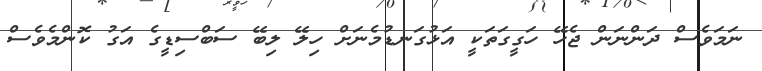
ނަމަވެސް ދަންނަން ޖެހޭ ހަގީގަތަކީ އަޅުގަނޑުމެނަށް ހިލޭ ލިބޭ ސަބްސިޑީގެ އަގު ކޮންމެވެސް